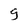
Character: 9